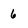
Character: 6